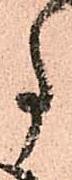
事